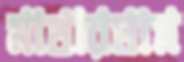
মাথারঘাম